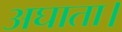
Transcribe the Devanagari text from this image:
अघाता।